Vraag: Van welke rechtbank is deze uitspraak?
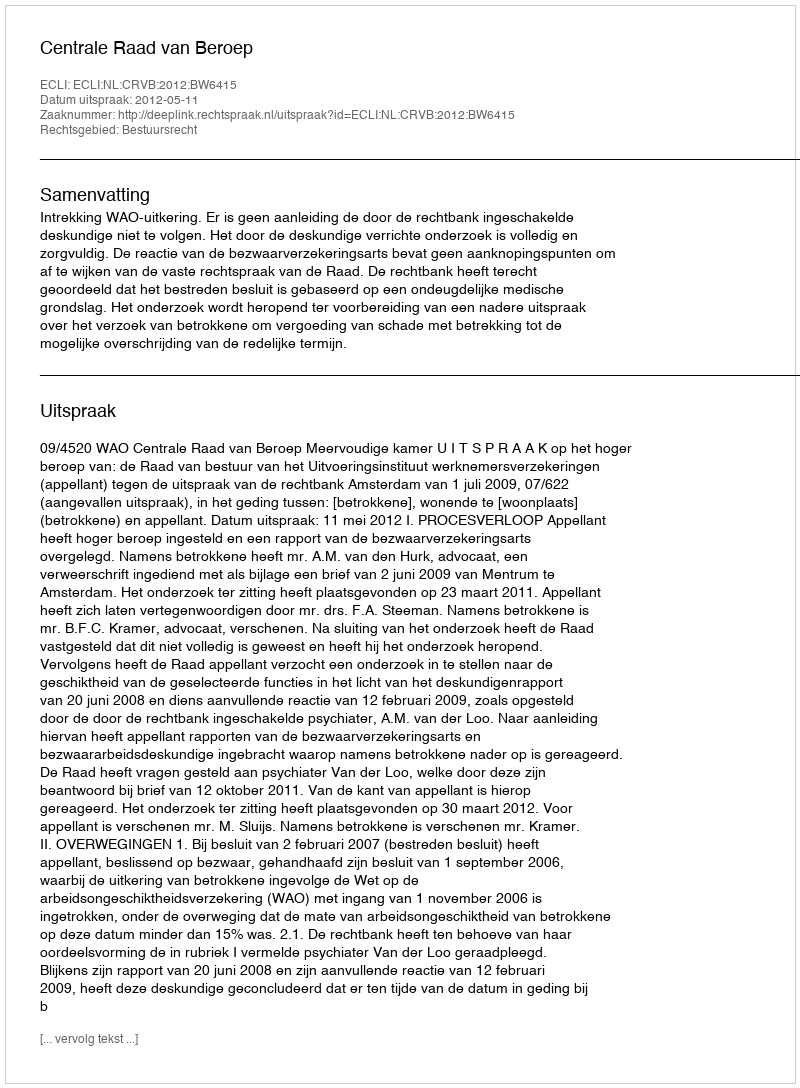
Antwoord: Centrale Raad van Beroep